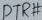
Text: DTS#